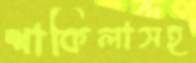
শাকিলাসহ